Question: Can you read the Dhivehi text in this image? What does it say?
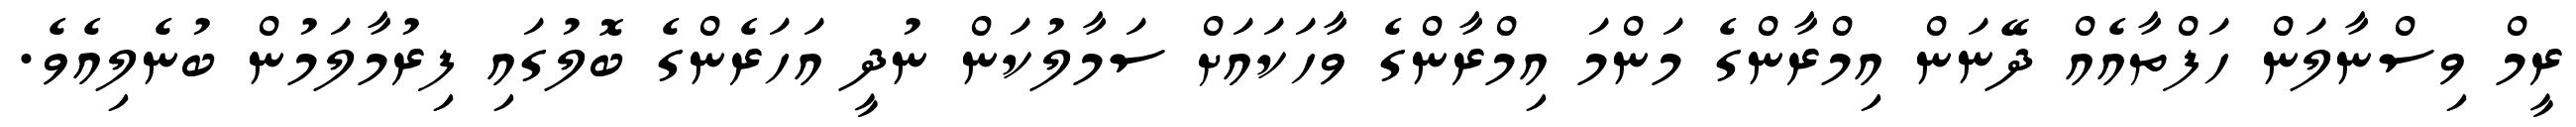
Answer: ރީމް ވިސްނާލަން ހަފްތާއެއް ދޭނަން އިމްރާންގެ މަންމަ އިމްރާންގެ ވާހަކައަށް ސަމާލުކަން ނުދީ އަހަރެންގެ ބޮލުގައި ފިރުމާލަމުން ބުނެލިއެވެ.